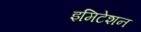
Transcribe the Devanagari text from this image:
इमिटेशन